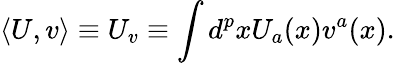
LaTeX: \langle U,v\rangle\equiv U_{v}\equiv\int d^{p}xU_{a}(x)v^{a}(x).